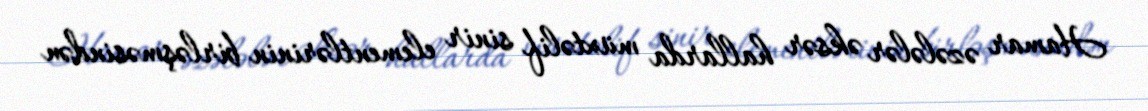
Hamar əzələlər əksər hallarda müxtəlif sinir elementlərinin birləşməsindən